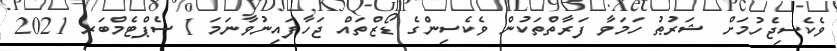
ވެކެސިޖެހުމަށް ޝަރުޠު ހަމަވާ ފަރާތްތަކުން ވެކެސިންގެ ޑޯޒްތައް ޖަހާފައިނުވާނަމަ 1 ސެޕްޓެމްބަރ 2021